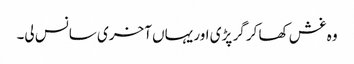
وہ غش کھا کر گر پڑی اور یہاں آخری سانس لی۔